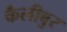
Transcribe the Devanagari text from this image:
कैलीबुर